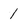
Character: 1